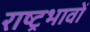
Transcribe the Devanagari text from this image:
राष्ट्रभावों